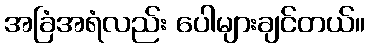
အခြံအရံလည်း ပေါများချင်တယ်။